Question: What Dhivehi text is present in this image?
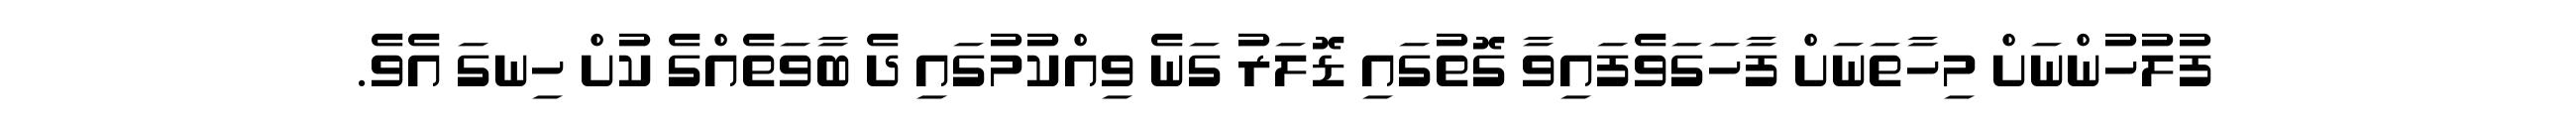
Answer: ފުލުހުންނަށް މިހާތަނަށް ފާހަގަވެފައިވާ ގޮތުގައި ޑޮލަރު ގަނެ ވިއްކުމުގައި ދެ ބާވަތެއްގެ ކުށް ހިނގަ އެވެ.